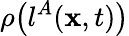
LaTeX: \rho\big(l^{A}({\mathbf{x}},t)\big)